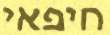
חיפאי